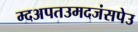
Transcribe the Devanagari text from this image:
म्दअपतउमदजंसपेउ